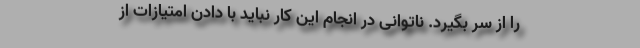
را از سر بگیرد. ناتوانی در انجام این کار نباید با دادن امتیازات از